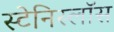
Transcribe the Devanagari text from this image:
स्टेनिस्लॉस